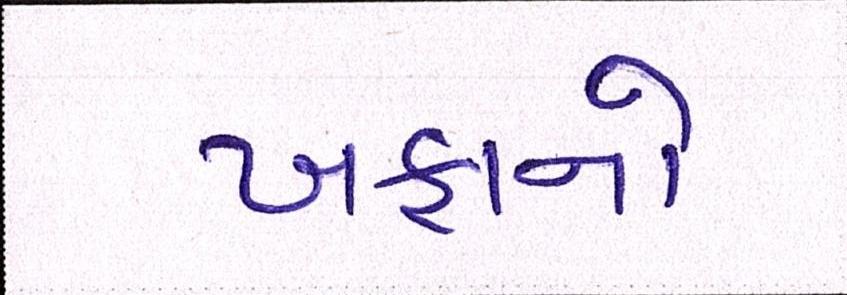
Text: ખફાનો